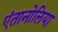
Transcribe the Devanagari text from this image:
एंतानोलिया